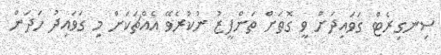
ސިނގިރެޓް ގަވައިދަށް ވީ ގޮތަށް ތަންފީޒު ނުކުރެވޭ އެއްޗަކަށް މި ގަވައިދު ހަދަން